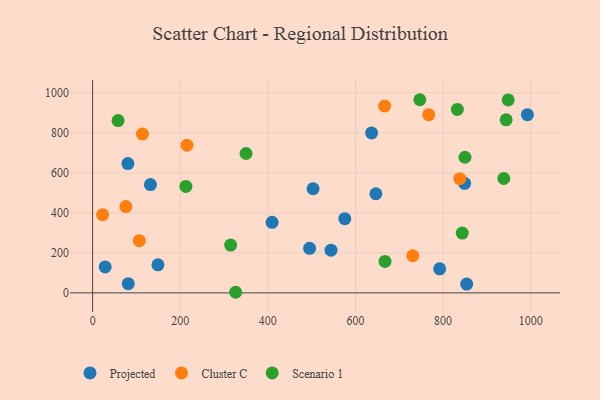
{"axis": {"x": "Experience", "y": "Salary"}, "legend": ["Cluster C", "Projected", "Scenario 1"], "data": [{"x": "80.5", "y": 647.1, "type": "Projected"}, {"x": "495.3", "y": 223.1, "type": "Projected"}, {"x": "131.9", "y": 541.6, "type": "Projected"}, {"x": "849.1", "y": 547.9, "type": "Projected"}, {"x": "503.2", "y": 521.4, "type": "Projected"}, {"x": "636.8", "y": 800.3, "type": "Projected"}, {"x": "81.3", "y": 46.1, "type": "Projected"}, {"x": "853.9", "y": 44.2, "type": "Projected"}, {"x": "544.2", "y": 213.7, "type": "Projected"}, {"x": "409.6", "y": 352.7, "type": "Projected"}, {"x": "792.2", "y": 120.3, "type": "Projected"}, {"x": "149.1", "y": 140.5, "type": "Projected"}, {"x": "28.6", "y": 130.0, "type": "Projected"}, {"x": "992.4", "y": 891.7, "type": "Projected"}, {"x": "575.6", "y": 371.3, "type": "Projected"}, {"x": "646.6", "y": 495.9, "type": "Projected"}, {"x": "75.9", "y": 431.6, "type": "Cluster C"}, {"x": "113.7", "y": 794.6, "type": "Cluster C"}, {"x": "730.8", "y": 185.8, "type": "Cluster C"}, {"x": "666.5", "y": 935.0, "type": "Cluster C"}, {"x": "22.8", "y": 391.0, "type": "Cluster C"}, {"x": "106.6", "y": 261.1, "type": "Cluster C"}, {"x": "838.1", "y": 571.3, "type": "Cluster C"}, {"x": "767.2", "y": 891.7, "type": "Cluster C"}, {"x": "215.4", "y": 738.6, "type": "Cluster C"}, {"x": "832.5", "y": 917.9, "type": "Scenario 1"}, {"x": "315.0", "y": 239.0, "type": "Scenario 1"}, {"x": "746.9", "y": 966.3, "type": "Scenario 1"}, {"x": "850.0", "y": 678.4, "type": "Scenario 1"}, {"x": "58.0", "y": 862.1, "type": "Scenario 1"}, {"x": "843.7", "y": 299.4, "type": "Scenario 1"}, {"x": "938.6", "y": 572.3, "type": "Scenario 1"}, {"x": "948.6", "y": 965.5, "type": "Scenario 1"}, {"x": "667.4", "y": 157.2, "type": "Scenario 1"}, {"x": "212.9", "y": 532.8, "type": "Scenario 1"}, {"x": "350.2", "y": 697.3, "type": "Scenario 1"}, {"x": "943.9", "y": 865.8, "type": "Scenario 1"}, {"x": "326.5", "y": 3.0, "type": "Scenario 1"}]}